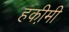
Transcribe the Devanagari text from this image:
हकी़मी